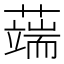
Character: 𦾸